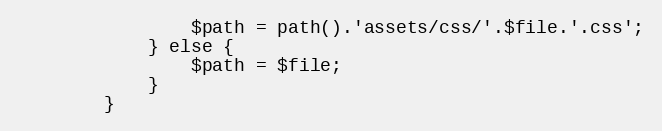
Language: PHP
                $path = path().'assets/css/'.$file.'.css';
            } else {
                $path = $file;
            }
        }